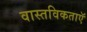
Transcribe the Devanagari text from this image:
वास्तविकताएॅ